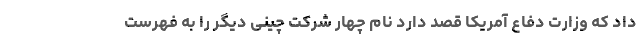
داد که وزارت دفاع آمریکا قصد دارد نام چهار شرکت چینی دیگر را به فهرست